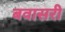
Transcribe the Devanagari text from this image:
बवासरी